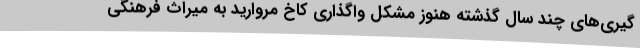
گیری‌های چند سال گذشته هنوز مشکل واگذاری کاخ مروارید به میراث فرهنگی